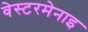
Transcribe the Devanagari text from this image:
वेस्टरमेनाइ